Indian journal of veterinary science and animal husbandry - Volume 8,
Year: 1938
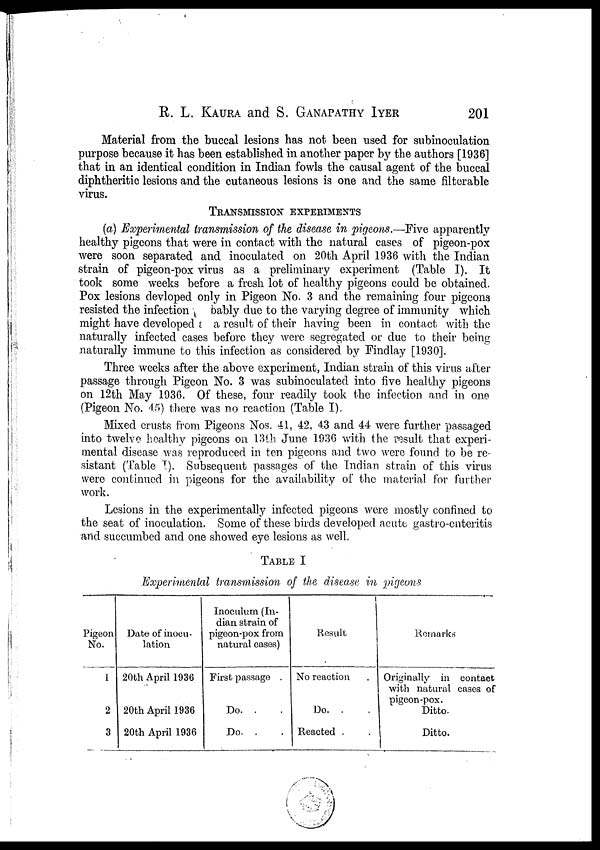
R. L. KAURA and S. GANAPATHY IYER 201
Material from the buccal lesions has not been used for subinoculation
purpose because it has been established in another paper by the authors [1936]
that in an identical condition in Indian fowls the causal agent of the buccal
diphtheritic lesions and the cutaneous lesions is one and the same filterable
virus.
TRANSMISSION EXPERIMENTS
(a) Experimental transmission of the disease in pigeons.—Five apparently
healthy pigeons that were in contact with the natural cases of pigeon-pox
were soon separated and inoculated on 20th April 1936 with the Indian
strain of pigeon-pox virus as a preliminary experiment (Table I). It
took some weeks before a fresh lot of healthy pigeons could be obtained.
Pox lesions devloped only in Pigeon No. 3 and the remaining four pigeons
resisted the infection
bably due to the varying degree of immunity which
might have developed area result of their having been in contact with the
naturally infected cases before they were segregated or due to their being
naturally immune to this infection as considered by Findlay [1930].
Three weeks after the above experiment, Indian strain of this virus after
passage through Pigeon No. 3 was subinoculated into five healthy pigeons
on 12th May 1936. Of these, four readily took the infection and in one
(Pigeon No. 45) there was no reaction (Table I).
Mixed crusts from Pigeons Nos. 41, 42, 43 and 44 were further passaged
into twelve healthy pigeons on 13th June 1936 with the result that experi-
mental disease was reproduced in ten pigeons and two were found to be re-
sistant (Table I). Subsequent passages of the Indian strain of this virus
were continued in pigeons for the availability of the material for further
work.
Lesions in the experimentally infected pigeons were mostly confined to
the seat of inoculation. Some of these birds developed acute gastro-enteritis
and succumbed and one showed eye lesions as well.
TABLE I
Experimental transmission of the disease in pigeons
Pigeon
No.
1
2
3
Date of inocu-
lation
20th April 1936
20th April 1936
20th April 1936
Inoculum (In-
dian strain of
pigeon-pox from
natural cases)
First passage .
Do. .
Do. .
Result
No reaction .
Do . . .
Reacted . .
Remarks
Originally in contact
with natural cases of
pigeon-pox.
Ditto.
Ditto.